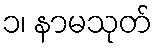
၁၊ နာမသုတ်